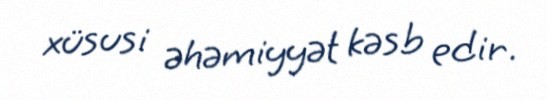
xüsusi əhəmiyyət kəsb edir.